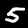
Label: 5